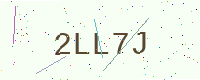
Text: 2LL7J